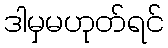
ဒါမှမဟုတ်ရင်